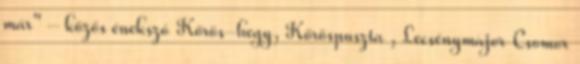
már" – közös énekszó Kőrös-hegy, Kőröspuszta , Lecsénymajor Csomor